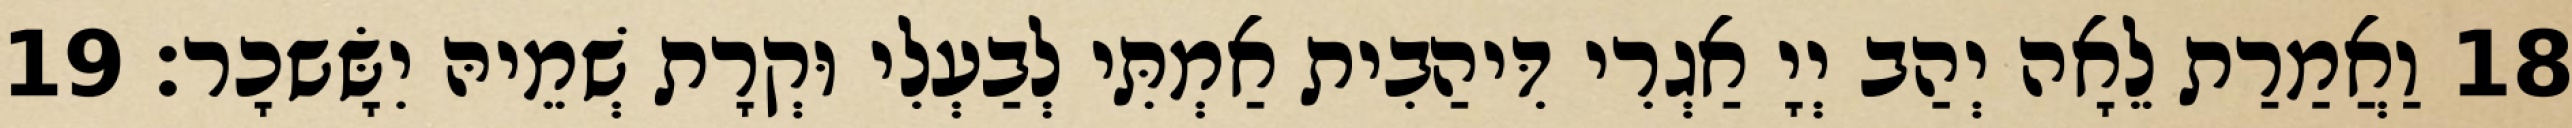
18 וַאֲמַרַת לֵאָה יְהַב יְיָ אַגְרִי דִּיהַבִית אַמְתִּי לְבַעְלִי וּקְרָת שְׁמֵיהּ יִשָּׂשכָר׃ 19